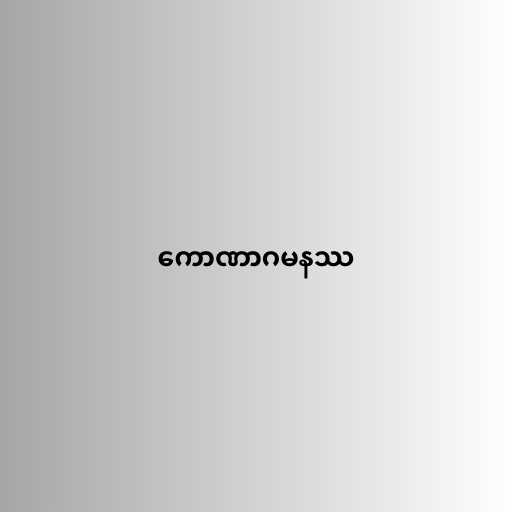
ကောဏာဂမနဿ